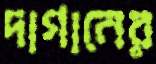
দাগানের